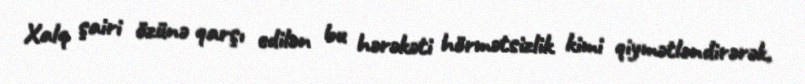
Xalq şairi özünə qarşı edilən bu hərəkəti hörmətsizlik kimi qiymətləndirərək,